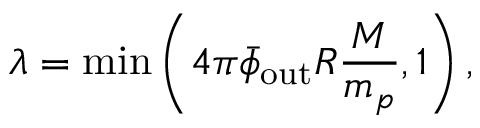
\lambda = \operatorname* { m i n } \left( 4 \pi \bar { \phi } _ { \mathrm { o u t } } R \frac { M } { m _ { p } } , 1 \right) ,